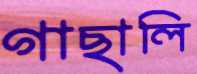
গাছালি